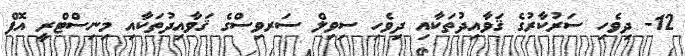
12- ދިވެހި ސަރުކާރުގެ ޤަވާއިދުތަކާއި ދިވެހި ސިވިލް ސަރވިސްގެ ޤަވާއިދުތަކާއި މިނިސްޓްރީ އޮފް